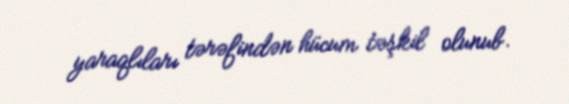
yaraqlıları tərəfindən hücum təşkil olunub.